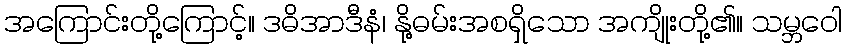
အကြောင်းတို့ကြောင့်။ ဒဓိအာဒီနံ၊ နို့ဓမ်းအစရှိသော အကျိုးတို့၏။ သမ္ဘဝေါ